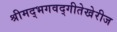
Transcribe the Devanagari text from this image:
श्रीमद्‌भगवद्‌गीतेखेरीज